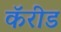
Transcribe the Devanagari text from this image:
कॅरीड